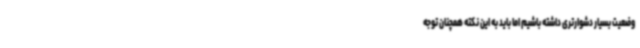
وضعیت بسیار دشوارتری داشته باشیم اما باید به این نکته همچنان توجه